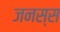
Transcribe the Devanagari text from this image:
जनस्स